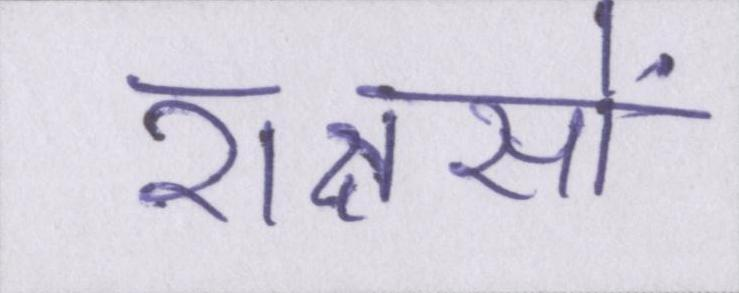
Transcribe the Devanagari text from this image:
राक्षसों